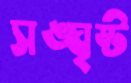
সঙ্ঘৃষ্ট